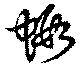
蝦